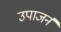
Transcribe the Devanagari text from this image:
उपाजर्न